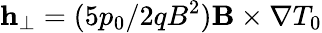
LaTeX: \mathbf{h}_{\perp}=(5p_{0}/2qB^{2})\mathbf{B}\times\nabla T_{0}